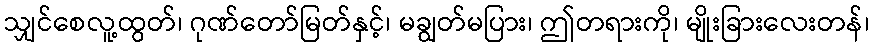
သျှင်စေလူ့ထွတ်၊ ဂုဏ်တော်မြတ်နှင့်၊ မချွတ်မပြား၊ ဤတရားကို၊ မျိုးခြားလေးတန်၊